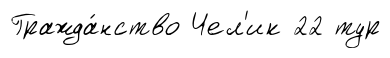
Гражда́нство Чел'ик 22 тур